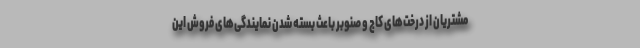
مشتریان از درخت‌های کاج و صنوبر باعث بسته شدن نمایندگی‌های فروش این